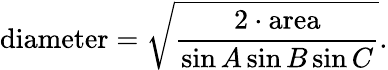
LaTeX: {\mathrm{diameter}}={\sqrt{\frac{2\cdot{\mathrm{area}}}{\sin A\sin B\sin C}}}.